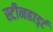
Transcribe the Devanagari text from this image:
स्टीनहार्ड्ट